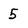
Character: 5